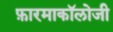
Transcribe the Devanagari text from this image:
फ़ारमाकॉलोजी